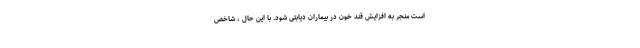
است منجر به افزایش قند خون در بیماران دیابتی شود. با این حال ، شاخص